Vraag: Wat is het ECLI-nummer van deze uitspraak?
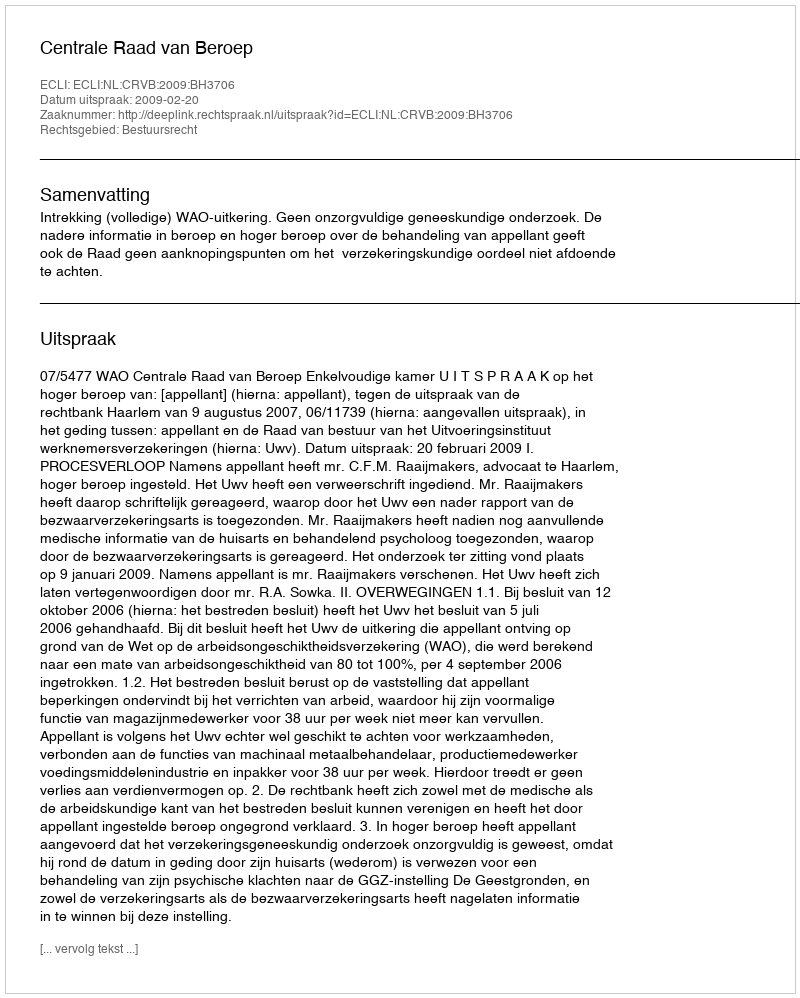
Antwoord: ECLI:NL:CRVB:2009:BH3706